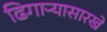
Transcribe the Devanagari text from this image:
ढिगाऱ्यासारखे